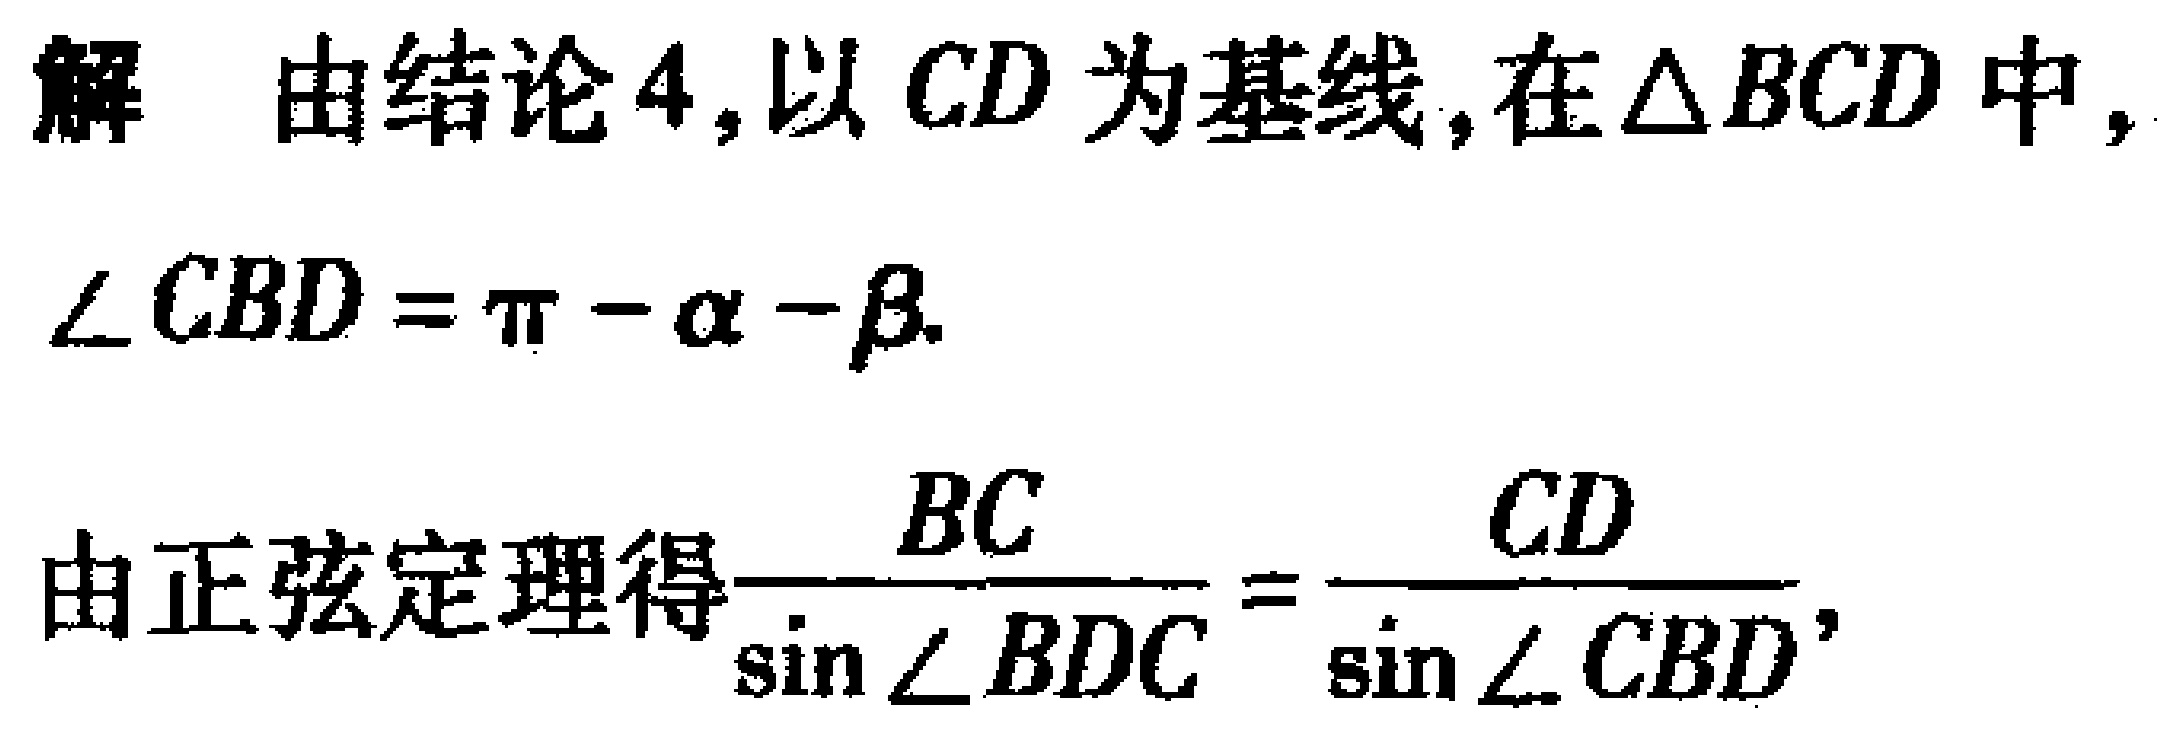
解 由结论4,以 \(CD\) 为基线,在 \(\triangle BCD\) 中,
\(\angle CBD = \pi - \alpha - \beta\).
由正弦定理得\(\frac{BC}{\sin\angle BDC}=\frac{CD}{\sin\angle CBD}\),